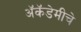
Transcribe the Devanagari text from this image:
अॅकॅडेमीचे